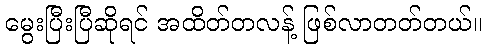
မွေးပြီးပြီဆိုရင် အထိတ်တလန့် ဖြစ်လာတတ်တယ်။